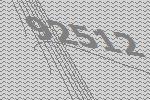
92512